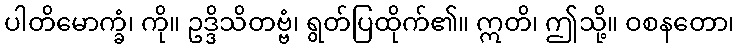
ပါတိမောက္ခံ၊ ကို။ ဥဒ္ဒိသိတဗ္ဗံ၊ ရွတ်ပြထိုက်၏။ ဣတိ၊ ဤသို့။ ဝစနတော၊